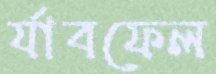
র‍্যাবফেল